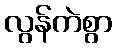
လွန်ကဲစွာ